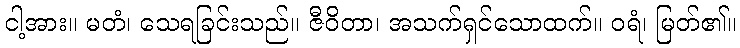
ငါ့အား။ မတံ၊ သေရခြင်းသည်။ ဇီဝိတာ၊ အသက်ရှင်သောထက်။ ဝရံ၊ မြတ်၏။